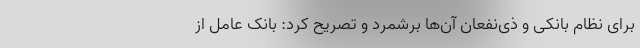
برای نظام بانکی و ذی‌نفعان آن‌ها برشمرد و تصریح کرد: بانک عامل از